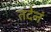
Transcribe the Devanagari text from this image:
तदेनं